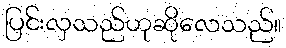
ပြင်းလှသည်ဟုဆိုလေသည်။